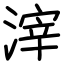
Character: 滓